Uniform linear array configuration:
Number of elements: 48
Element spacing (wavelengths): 0.5
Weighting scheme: blackman
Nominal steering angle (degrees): -15
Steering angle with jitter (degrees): -15.876
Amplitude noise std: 0.05
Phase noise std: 0.05

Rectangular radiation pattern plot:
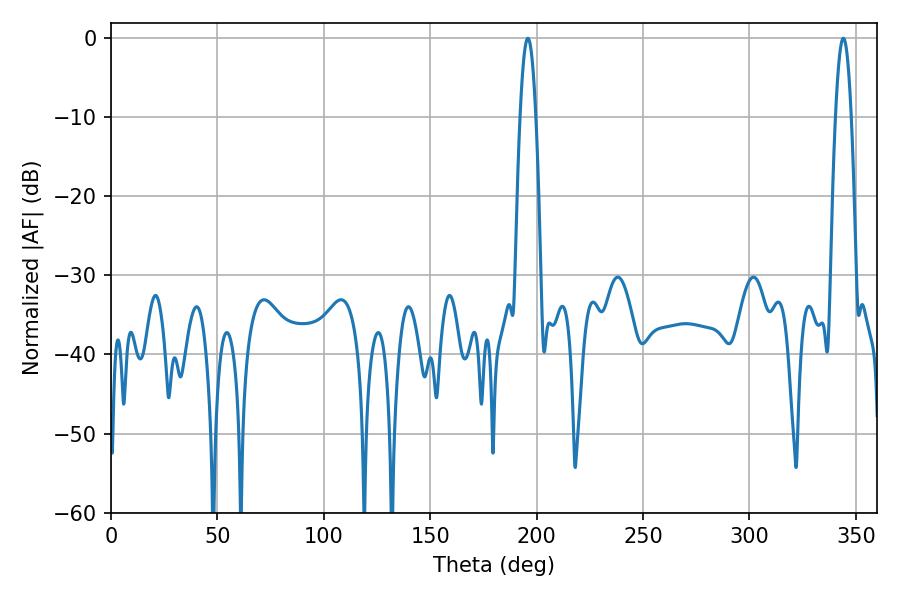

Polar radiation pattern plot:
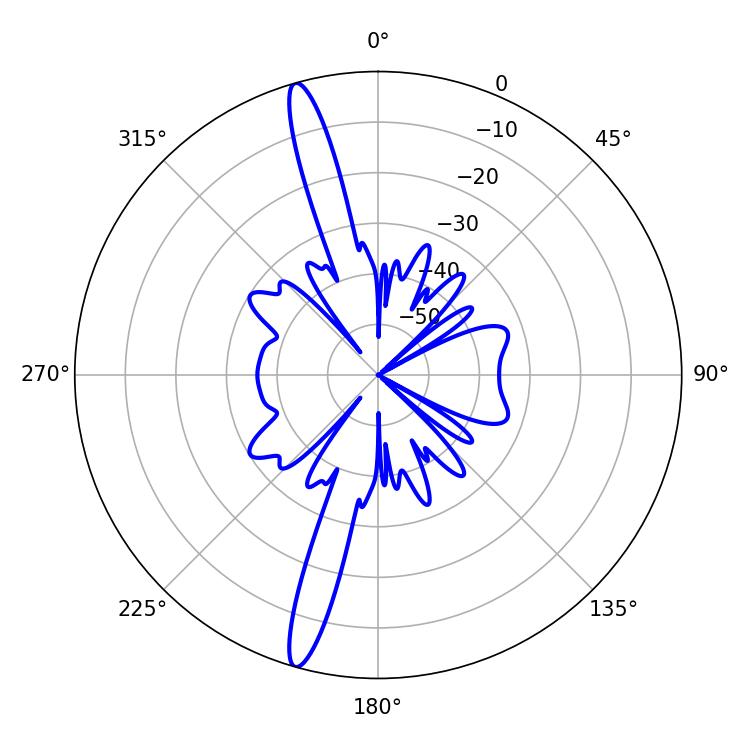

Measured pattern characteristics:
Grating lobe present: FALSE
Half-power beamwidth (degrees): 3.96
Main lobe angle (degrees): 195.84